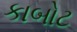
કાબોટ